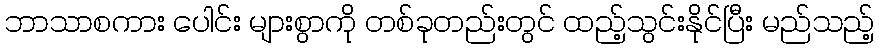
ဘာသာစကား ပေါင်း များစွာကို တစ်ခုတည်းတွင် ထည့်သွင်းနိုင်ပြီး မည်သည့်